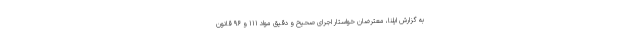
به گزارش ایلنا، معترضان خواستار اجرای صحیح و دقیق مواد ۱۱۱ و ۹۶ قانون